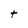
Character: t